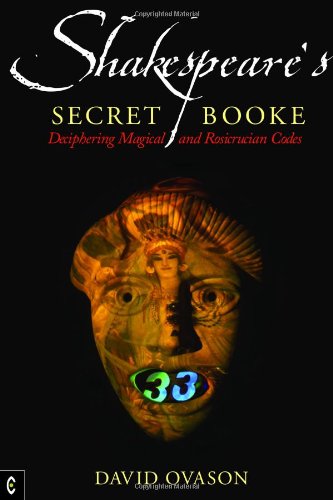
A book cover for Shakespeare's Secret Booke: Deciphering Magical and Rosicrucian Codes; David Ovason; Religion & Spirituality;